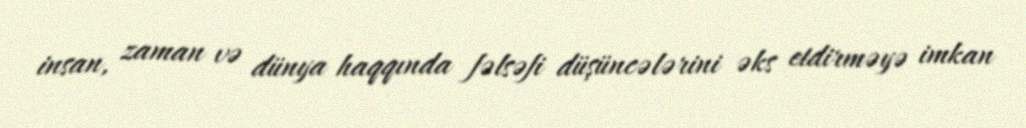
insan, zaman və dünya haqqında fəlsəfi düşüncələrini əks etdirməyə imkan